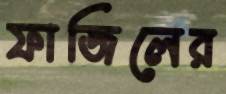
ফাজিলের